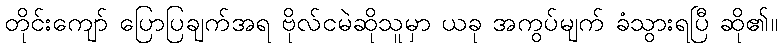
တိုင်းကျော် ပြောပြချက်အရ ဗိုလ်ငမဲဆိုသူမှာ ယခု အကွပ်မျက် ခံသွားရပြီ ဆို၏။